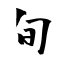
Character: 旬